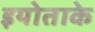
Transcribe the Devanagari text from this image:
इयोताके